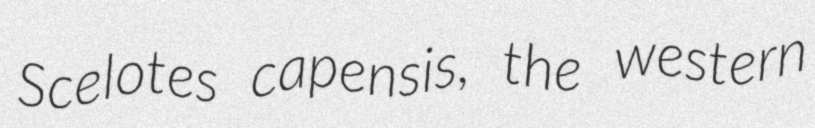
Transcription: Scelotes capensis, the western